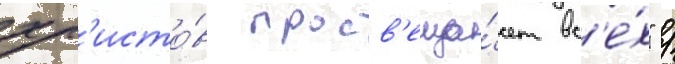
хр'исто́в просв'еща́ет вс'е́х" /